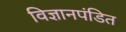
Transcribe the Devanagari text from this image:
विज्ञानपंडित